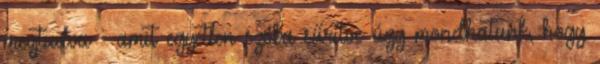
megtudva - amit egyetlen szóba sűrítve úgy mondhatunk, hogy